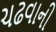
ચઢવાની